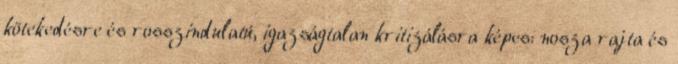
kötekedésre és rosszindulatú, igazságtalan kritizálásra képes: nosza rajta és